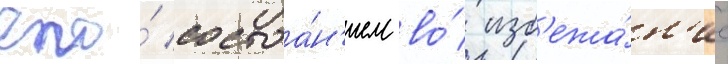
его́ состоа́н'ием во́ изб'ежа́н'ие